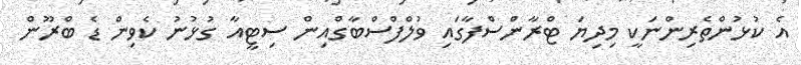
އެ ކުޅުންތެރިންނަކީ މިދިޔަ ޓްރާންސްފާގައި ވުލްފްސްބާގްއިން ސިޓީއާ ގުޅުނު ކެވިން ޑެ ބްރޫން